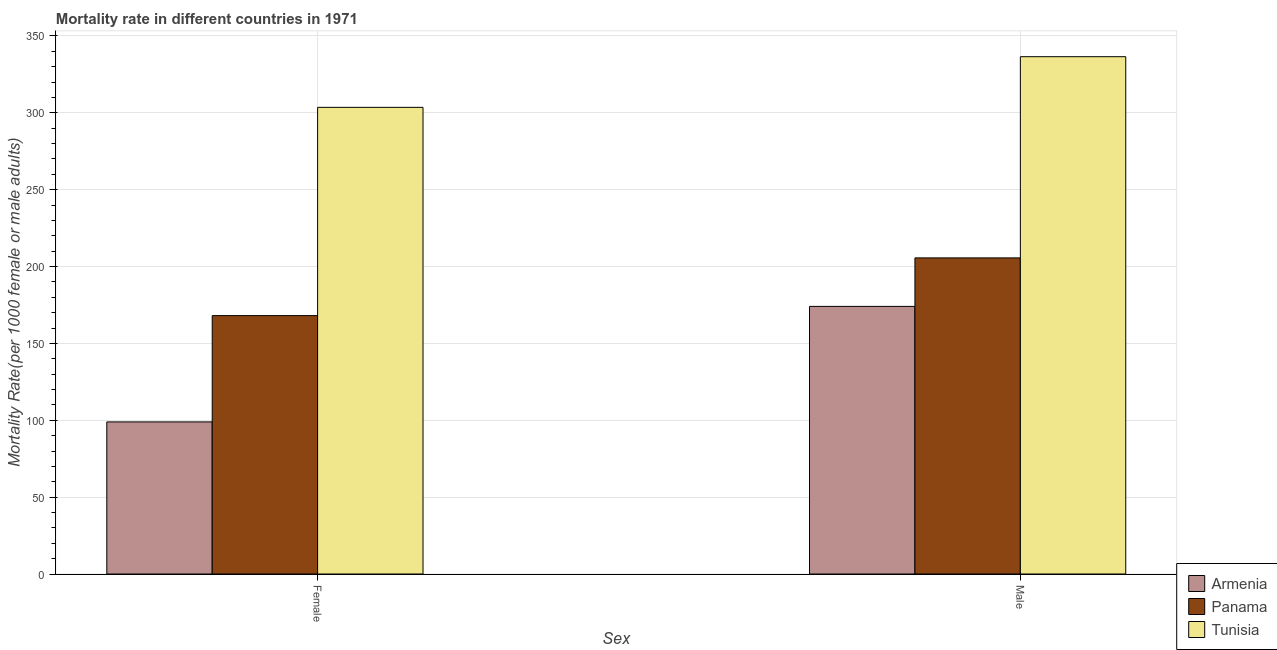
| Sex | Armenia | Panama | Tunisia |
 | --- | --- | --- | --- |
 | Female | 98.9 | 168 | 304 |
 | Male | 174 | 206 | 336 |